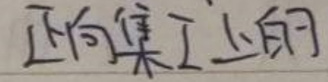
正向集I上的